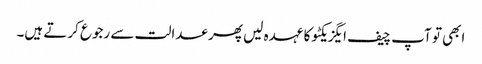
ابھی تو آپ چیف ایگزیکٹو کا عہدہ لیں پھر عدالت سے رجوع کرتے ہیں۔